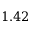
1 . 4 2